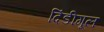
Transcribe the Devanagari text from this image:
दिंडीगूल